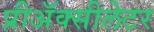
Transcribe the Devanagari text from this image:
प्रीअॅक्सीलेटर